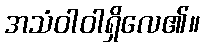
အသံဝါဝါရှိလေ၏။